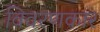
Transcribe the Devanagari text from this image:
विवरणकार